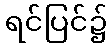
ရင်ပြင်၌